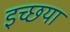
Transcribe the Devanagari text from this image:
इच्छया